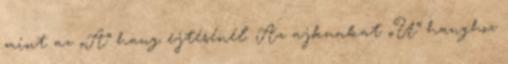
mint az „A” hang ejtésénél. Az ajkunkat „U” hanghoz